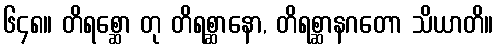
၆၄၈။ တိရစ္ဆော တု တိရစ္ဆာနော, တိရစ္ဆာနဂတော သိယာတိ။